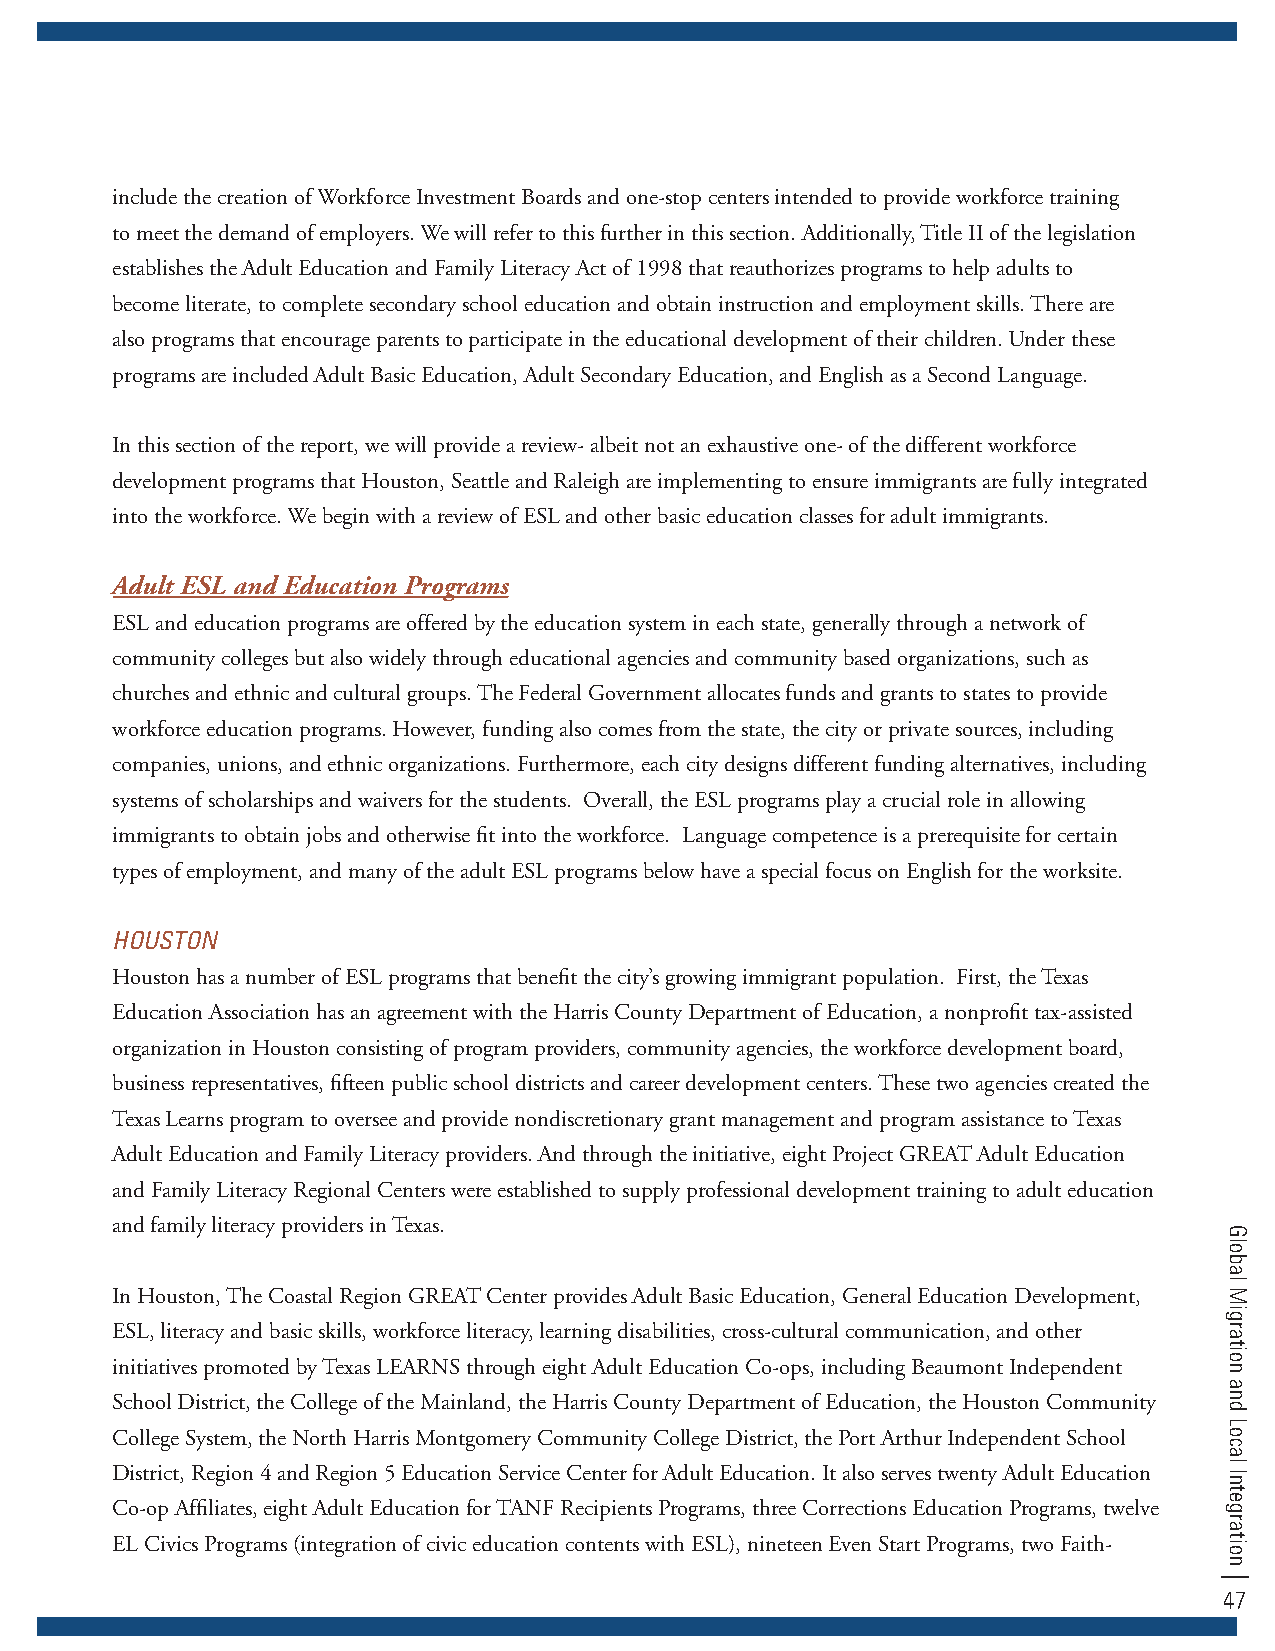
include the creation of Workforce Investment Boards and one-stop centers intended to provide workforce training
 to meet the demand of employers. We will refer to this further in this section. Additionally, Title II of the legislation
 establishes the Adult Education and Family Literacy Act of 1998 that reauthorizes programs to help adults to
 become literate, to complete secondary school education and obtain instruction and employment skills. There are
 also programs that encourage parents to participate in the educational development of their children. Under these
 programs are included Adult Basic Education, Adult Secondary Education, and English as a Second Language.
 In this section of the report, we will provide a review- albeit not an exhaustive one- of the different workforce
 development programs that Houston, Seattle and Raleigh are implementing to ensure immigrants are fully integrated
 into the workforce. We begin with a review of ESL and other basic education classes for adult immigrants.
 Adult ESL and Education Programs
 ESL and education programs are offered by the education system in each state, generally through a network of
 community colleges but also widely through educational agencies and community based organizations, such as
 churches and ethnic and cultural groups. The Federal Government allocates funds and grants to states to provide
 workforce education programs. However, funding also comes from the state, the city or private sources, including
 companies, unions, and ethnic organizations. Furthermore, each city designs different funding alternatives, including
 systems of scholarships and waivers for the students. Overall, the ESL programs play a crucial role in allowing
 immigrants to obtain jobs and otherwise fit into the workforce. Language competence is a prerequisite for certain
 types of employment, and many of the adult ESL programs below have a special focus on English for the worksite.
 HOuSTOn
 Houston has a number of ESL programs that benefit the city’s growing immigrant population. First, the Texas
 Education Association has an agreement with the Harris County Department of Education, a nonprofit tax-assisted
 organization in Houston consisting of program providers, community agencies, the workforce development board,
 business representatives, fifteen public school districts and career development centers. These two agencies created the
 Texas Learns program to oversee and provide nondiscretionary grant management and program assistance to Texas
 Adult Education and Family Literacy providers. And through the initiative, eight Project GREAT Adult Education
 and Family Literacy Regional Centers were established to supply professional development training to adult education
 and family literacy providers in Texas.
 In Houston, The Coastal Region GREAT Center provides Adult Basic Education, General Education Development,
 ESL, literacy and basic skills, workforce literacy, learning disabilities, cross-cultural communication, and other
 initiatives promoted by Texas LEARNS through eight Adult Education Co-ops, including Beaumont Independent
 School District, the College of the Mainland, the Harris County Department of Education, the Houston Community
 College System, the North Harris Montgomery Community College District, the Port Arthur Independent School
 District, Region 4 and Region 5 Education Service Center for Adult Education. It also serves twenty Adult Education
 Co-op Affiliates, eight Adult Education for TANF Recipients Programs, three Corrections Education Programs, twelve
 EL Civics Programs (integration of civic education contents with ESL), nineteen Even Start Programs, two Faith-
 47
 Global
 Migration
 and
 Local
 Integration